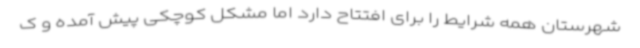
شهرستان همه شرایط را برای افتتاح دارد اما مشکل کوچکی پیش آمده و ک